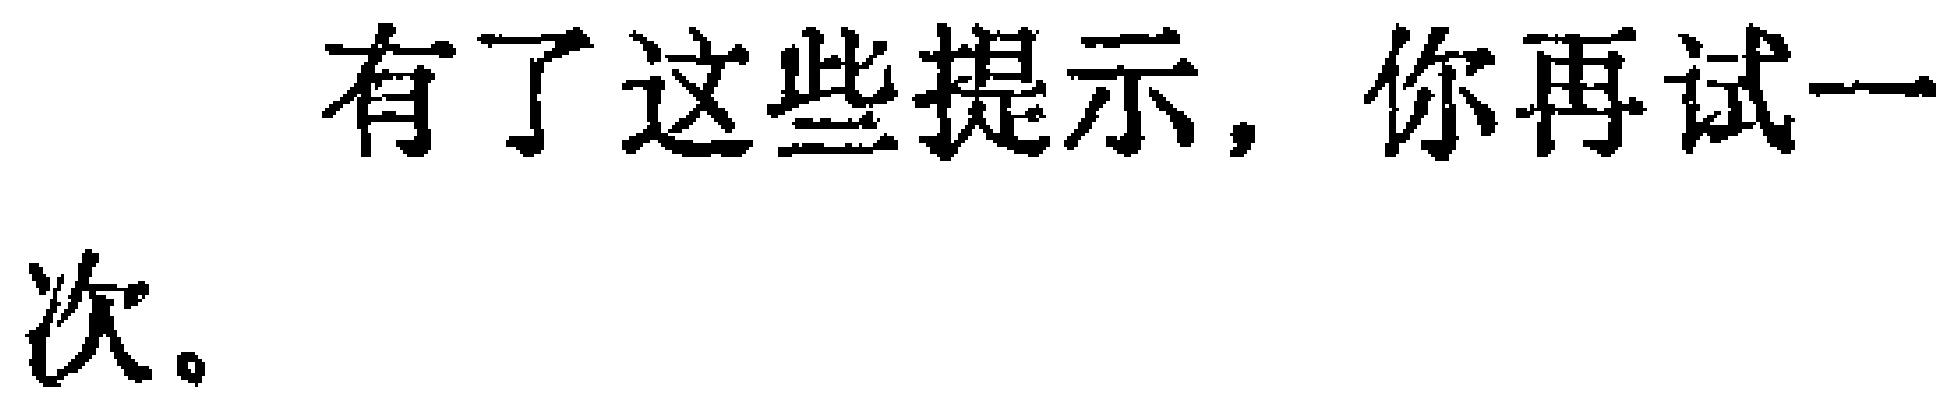
有了这些提示，你再试一次。